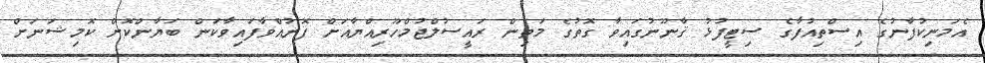
އެމަނިކުފާނުގެ އިސްތިއުފާގެ ސިޓީފުޅު ޤާނޫނުގައިވާ ގޮތުގެ މަތިން ރައީސުލްޖުމްހޫރިއްޔާއަށް ފޮނުއްވާފައިވާކަން ބަޔާންކޮށް ކޮމިޝަނަށް